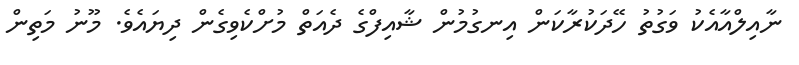
ނާއިލްއާއެކު ވަގުތު ހޭދަކުރާކަން އިނގުމުން ޝާއިފްގެ ދެއަތް މުށްކެވިގެން ދިޔައެވެ. މޫނު މަތިން